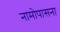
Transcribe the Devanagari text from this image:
नामोपासना